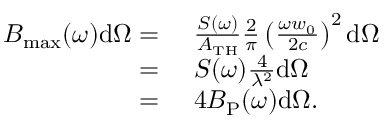
\begin{array} { r l } { B _ { \mathrm { m a x } } ( \omega ) \mathrm { d } \Omega = } & { \, \, \frac { S ( \omega ) } { A _ { \mathrm { T H } } } \frac { 2 } { \pi } \left( \frac { \omega w _ { 0 } } { 2 c } \right) ^ { 2 } \mathrm { d } \Omega } \\ { = } & { \, \, S ( \omega ) \frac { 4 } { \lambda ^ { 2 } } \mathrm { d } \Omega } \\ { = } & { \, \, 4 B _ { \mathrm { P } } ( \omega ) \mathrm { d } \Omega . } \end{array}